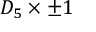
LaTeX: D _ { 5 } \times \pm 1